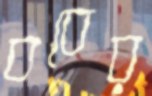
ববের